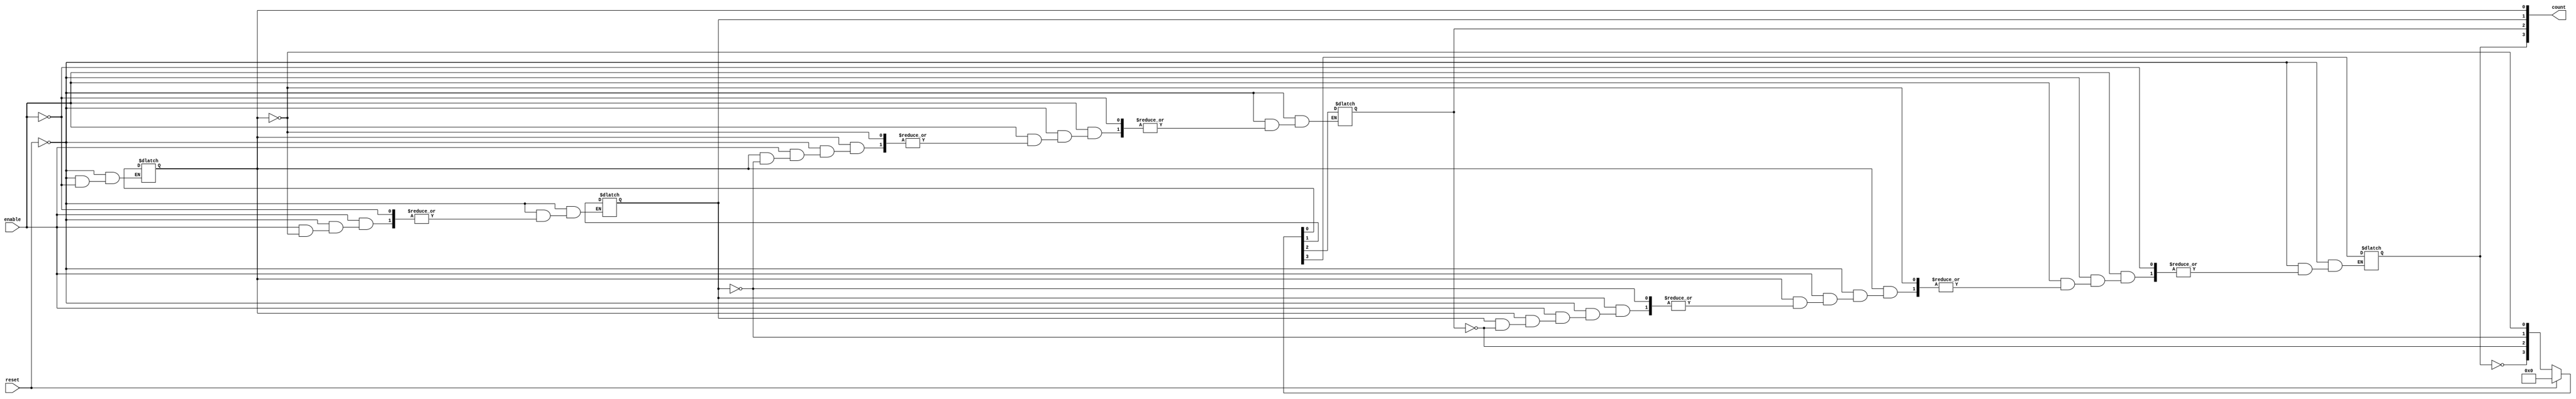
module dynamic_asynchronous_counter #(
    parameter WIDTH = 4  // Number of bits in the counter
)(
    input wire enable,     // Enable signal for counting
    input wire reset,      // Asynchronous reset signal
    output reg [WIDTH-1:0] count // Counter output
);

// Asynchronous Reset and Counting Logic
always @(*) begin
    if (reset) begin
        count = 0; // Reset the counter to zero
    end else if (enable) begin
        // Counting logic
        count[0] = ~count[0]; // Toggle LSB
        if (count[0] == 0) begin // If LSB toggled from 1 to 0
            count[1] = ~count[1]; // Toggle next bit
            if (count[1] == 0) begin // If second bit toggled from 1 to 0
                count[2] = ~count[2]; // Toggle next bit
                if (count[2] == 0) begin // If third bit toggled from 1 to 0
                    count[3] = ~count[3]; // Toggle MSB
                end
            end
        end
    end
end

endmodule